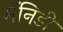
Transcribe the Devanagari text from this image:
मॅनिडी